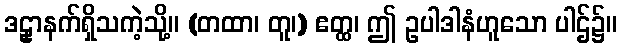
ဒဠှာနက်ရှိသကဲ့သို့။ (တထာ၊ တူ၊) ဧတ္ထ၊ ဤ ဥပါဒါနံဟူသော ပါဌ်၌။